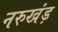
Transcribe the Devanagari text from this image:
नरुखंड़